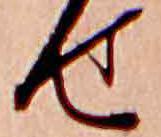
せ